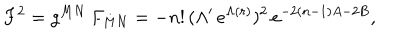
LaTeX: F ^ { 2 } = g ^ { M N } \, F _ { M N } = - n ! \, ( \Lambda ^ { \prime } \, e ^ { \Lambda ( r ) } ) ^ { 2 } \, e ^ { - 2 ( n - 1 ) A - 2 B } ,